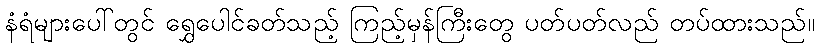
နံရံများပေါ်တွင် ရွှေပေါင်ခတ်သည့် ကြည့်မှန်ကြီးတွေ ပတ်ပတ်လည် တပ်ထားသည်။